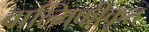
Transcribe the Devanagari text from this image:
वाल्मिकीकृत